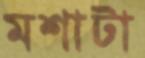
মশাটা